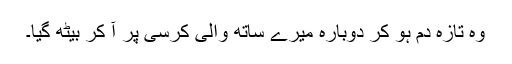
وہ تازہ دم ہو کر دوبارہ میرے ساتھ والی کرسی پر آ کر بیٹھ گیا۔